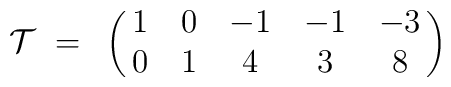
{\cal T}~=~\pmatrix{ 1 & 0 & -1 & -1 & -3 \cr 0 & 1 & 4 & 3 & 8 \cr  }